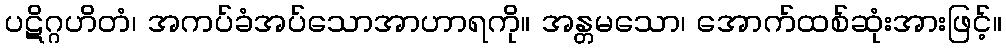
ပဋိဂ္ဂဟိတံ၊ အကပ်ခံအပ်သောအာဟာရကို။ အန္တမသော၊ အောက်ထစ်ဆုံးအားဖြင့်။